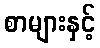
စာများနှင့်